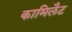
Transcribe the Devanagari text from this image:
कामिलैट